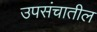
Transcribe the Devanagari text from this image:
उपसंचातील